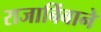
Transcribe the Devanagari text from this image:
राजाबिंबाने